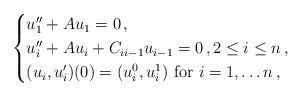
\begin{align*}\begin{cases}u_1^{\prime\prime} + A u_1 = 0 \,,\\u_i^{\prime\prime} + A u_i+ C_{i i-1}u_{i-1} = 0 \,, 2 \le i \le n \,,\\(u_i,u_i^{\prime})(0)=(u_i^0,u_i^1) \mbox{ for }i=1, \ldots n\,,\end{cases}\end{align*}